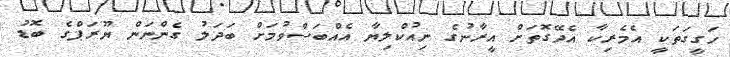
ހަގީގަތަކީ އެމެރިކާ އެދޭގޮތަށް އީރާނުގެ ނިއުކްލިޔާ އެއްބަސްވުމަށް ބަދަލު ގެންނަން ޔޫރަޕްގެ ބޮޑު